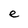
Character: e